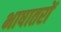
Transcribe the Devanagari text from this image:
भाषातरों